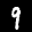
Label: 9